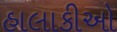
હાલાકીઓ